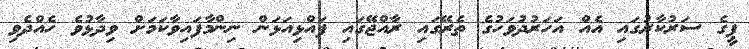
ޕީގެ ސަރުކާރުގައި އެއް އަހަރުދުވަހުގެ ތެރޭގައި ރާއްޖޭގައި ފައްޅިއަޅަން ނިންމާފައިވާކަމަށް ވިދާޅުވެ ހެއްދެވި